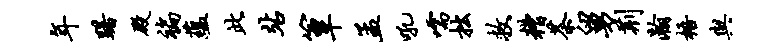
年躇殿褊蕴此站簟孟吼嚅拙救糟茶舅荆瀚梧与